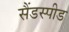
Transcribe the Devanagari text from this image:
सैंडस्‍पीड